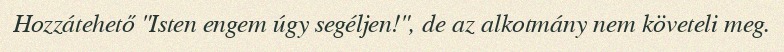
Hozzátehető "Isten engem úgy segéljen!", de az alkotmány nem követeli meg.